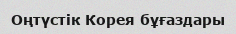
Оңтүстік Корея бұғаздары